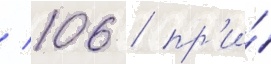
/ 106 / пр'и́